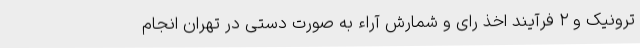
ترونیک و ۲ فرآیند اخذ رای و شمارش آراء به صورت دستی در تهران انجام